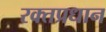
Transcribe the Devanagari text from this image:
रक्तप्रधान